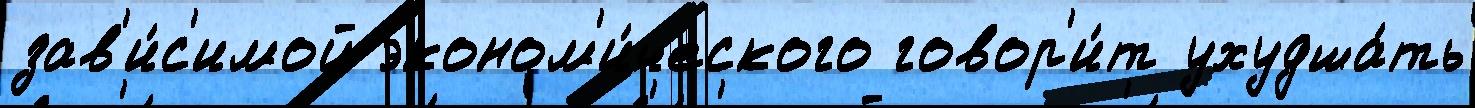
зав'и́с'имой эконом'и́ческого говор'и́т ухудша́ть